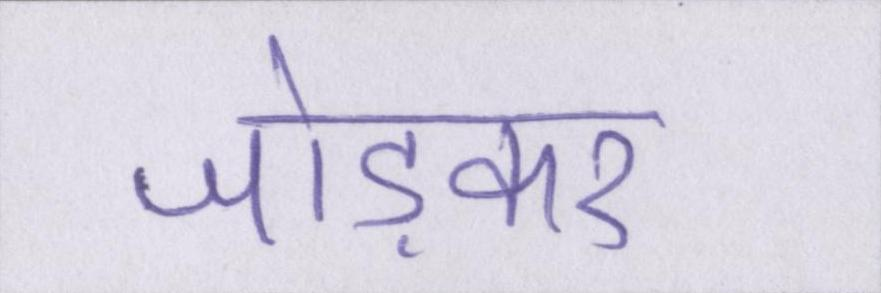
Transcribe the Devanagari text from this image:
जोड़कर